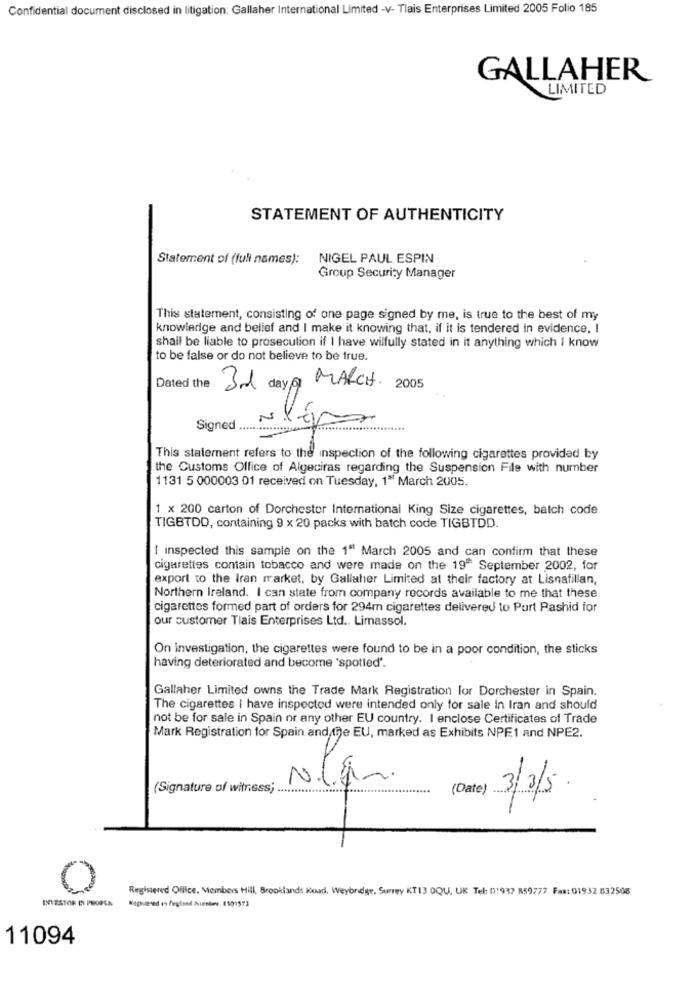
Confidential document disclosed in litigation: Gallaher International Limited -V- Tlais Enterprises Limited 2005 Folio 185
GALLAHER
LIMITED
STATEMENT OF AUTHENTICITY
Statement of (full names):
NIGEL PAUL ESPIN
Group Security Manager
This statement, consisting of one page signed by me, is true to the best of my
knowledge and belief and I make it knowing that, if it is tendered in evidence, I
shall be liable to prosecution if I have wilfully stated in it anything which I know
to be false or do not believe to be true.
Dated the
3rd day (6) MARCH. 2005
Signed ...
This statement refers to the inspection of the following cigarettes provided by
the Customs Office of Algeciras regarding the Suspension File with number
1131 5 000003 01 received on Tuesday, 1" March 2005.
1 x 200 carton of Dorchester International King Size cigarettes, batch code
TIGBTDO, containing 9 x 20 packs with batch code TIGBTDD.
[ inspected this sample on the 1" March 2005 and can confirm that these
cigarettes contain tobacco and were made on the 19 September 2002, for
export to the Iran market, by Gallaher Limited at their factory at Lisnafillan,
Northern Ireland. I can state from company records available to me that these
cigarettes formed part of orders for 294m cigarettes delivered to Purt Pashid for
our customer Tiais Enterprises Ltd .. Limassol.
On investigation, the cigarettes were found to be in a poor condition, the sticks
having deteriorated and become 'spotted'.
Gallaher Limited owns the Trade Mark Registration for Dorchester in Spain.
The cigarettes I have inspected were intended only for sale In Iran and should
not be for sale in Spain or any other EU country. I enclose Certificates of Trade
Mark Registration for Spain and,the EU, marked as Exhibits NPE1 and NPE2.
(Signature of witness;
(Date)
3/2/5
O
Registered Olilce. Members Hill, Brooklands Road, Weybridge, Surrey KT13 OQU, UK Tel: 01932 859777 Fax: 01932 832508
Kapursed 1 Fegland Auniev. 1501573
11094